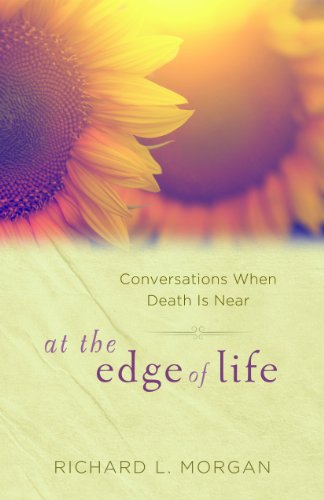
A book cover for At the Edge of Life: Conversations When Death Is Near; Richard L. Morgan; Christian Books & Bibles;